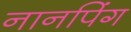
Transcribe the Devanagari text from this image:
नानपिंग